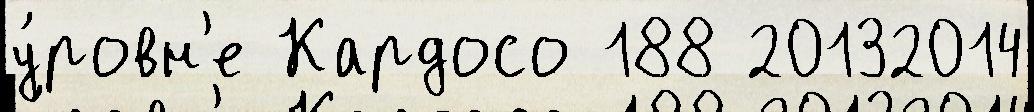
у́ровн'е Кардосо 188 20132014